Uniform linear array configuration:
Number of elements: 8
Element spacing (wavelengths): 0.25
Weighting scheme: hamming
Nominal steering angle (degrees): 15
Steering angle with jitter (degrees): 14.909
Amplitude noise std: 0.05
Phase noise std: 0.05

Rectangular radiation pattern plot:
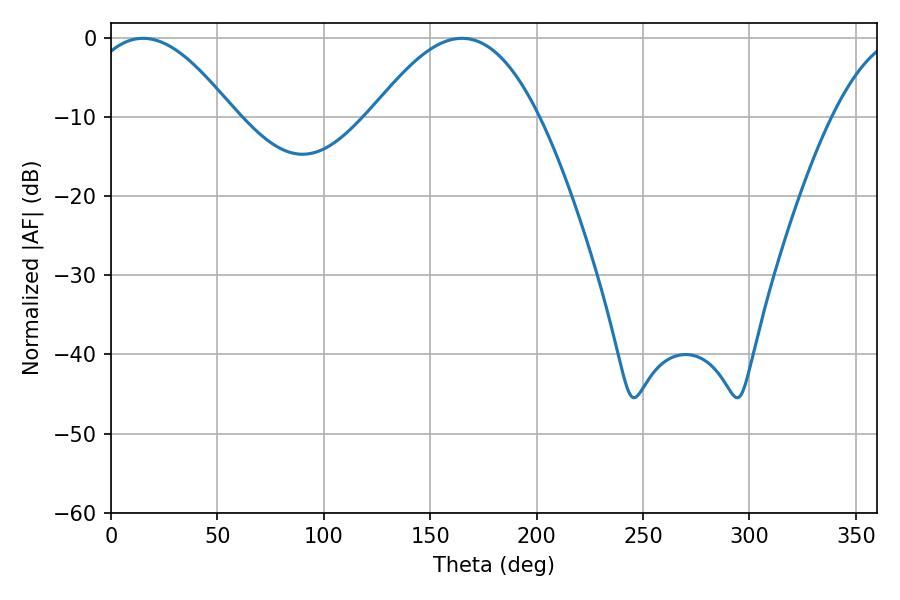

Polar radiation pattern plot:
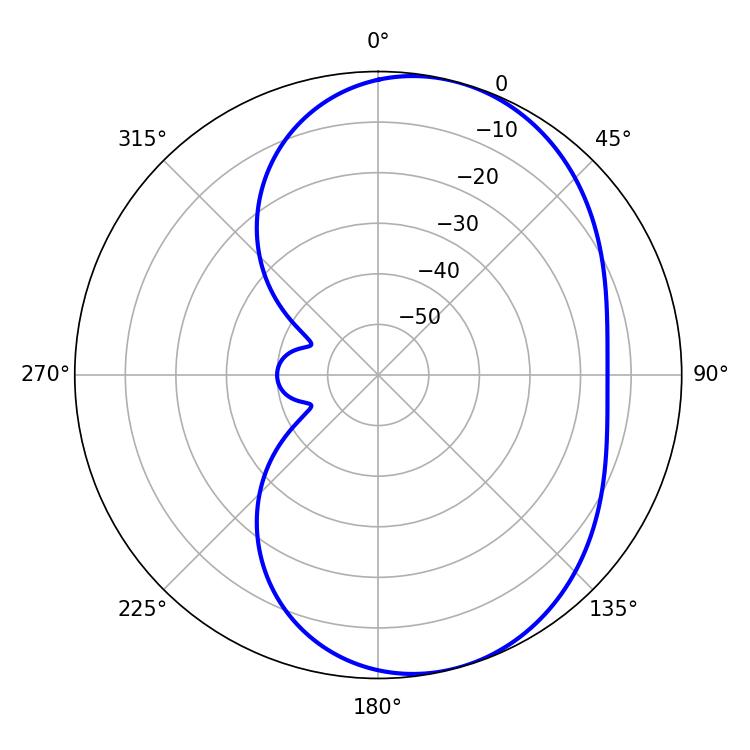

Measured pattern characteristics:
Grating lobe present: FALSE
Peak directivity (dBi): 6.097
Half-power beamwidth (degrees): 37.62
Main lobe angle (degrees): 15.12